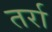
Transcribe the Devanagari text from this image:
तर्रा